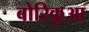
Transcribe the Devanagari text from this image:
बोरिकुआ